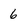
Character: 6